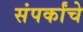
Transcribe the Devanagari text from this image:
संपर्कांचे